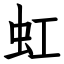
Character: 虹